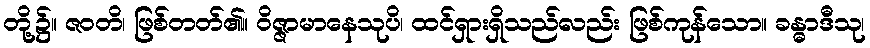
တို့၌။ ဇဝတိ၊ ဖြစ်တတ်၏။ ဝိဇ္ဇာမာနေသုပိ၊ ထင်ရှားရှိသည်လည်း ဖြစ်ကုန်သော။ ခန္ဓာဒီသု၊